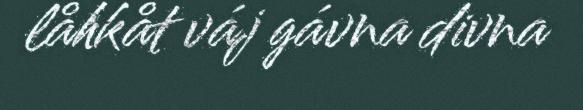
låhkåt váj gávna divna